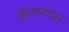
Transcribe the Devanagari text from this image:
झुंजण्यास